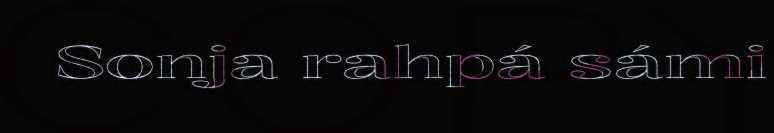
Sonja rahpá sámi